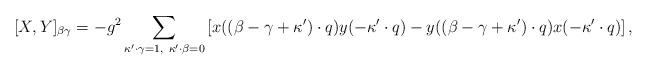
LaTeX: \begin{align*}[X,Y]_{\beta \gamma} =-g^2\sum_{\kappa'\cdot\gamma=1,\ \kappa'\cdot\beta=0} \left[x((\beta-\gamma+\kappa')\cdot q)y(-\kappa'\cdot q)- y((\beta-\gamma+\kappa')\cdot q)x(-\kappa'\cdot q)\right],\end{align*}